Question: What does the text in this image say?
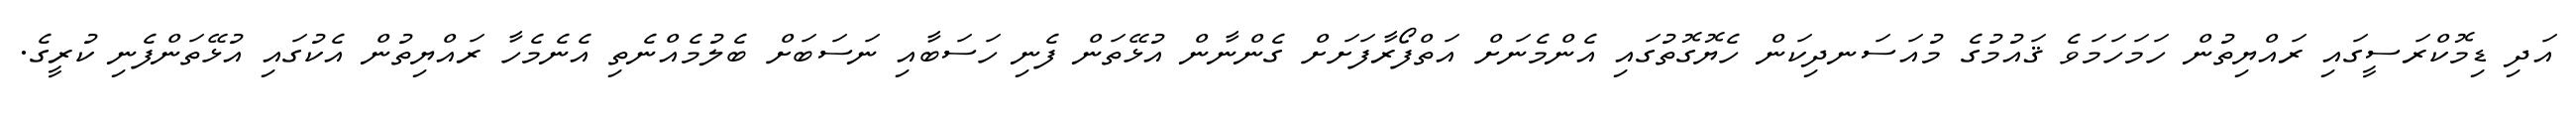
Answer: އަދި ޑިމޮކްރަސީގައި ރައްޔިތުން ހަމަހަމަވެ ޤައުމުގެ މުއަސަނދިކަން ހެޔޮގޮތުގައި އެންމެނަށް އަތްފޯރާފަށަށް ގެންނާން އުޅޭތަން ފެނި ހަސަބާއި ނަސަބަށް ބެލުމެއްނެތި އެނެމެހާ ރައްޔިތުން އެކުގައި އުޅޭތަންފެނި ކުރީގެ.